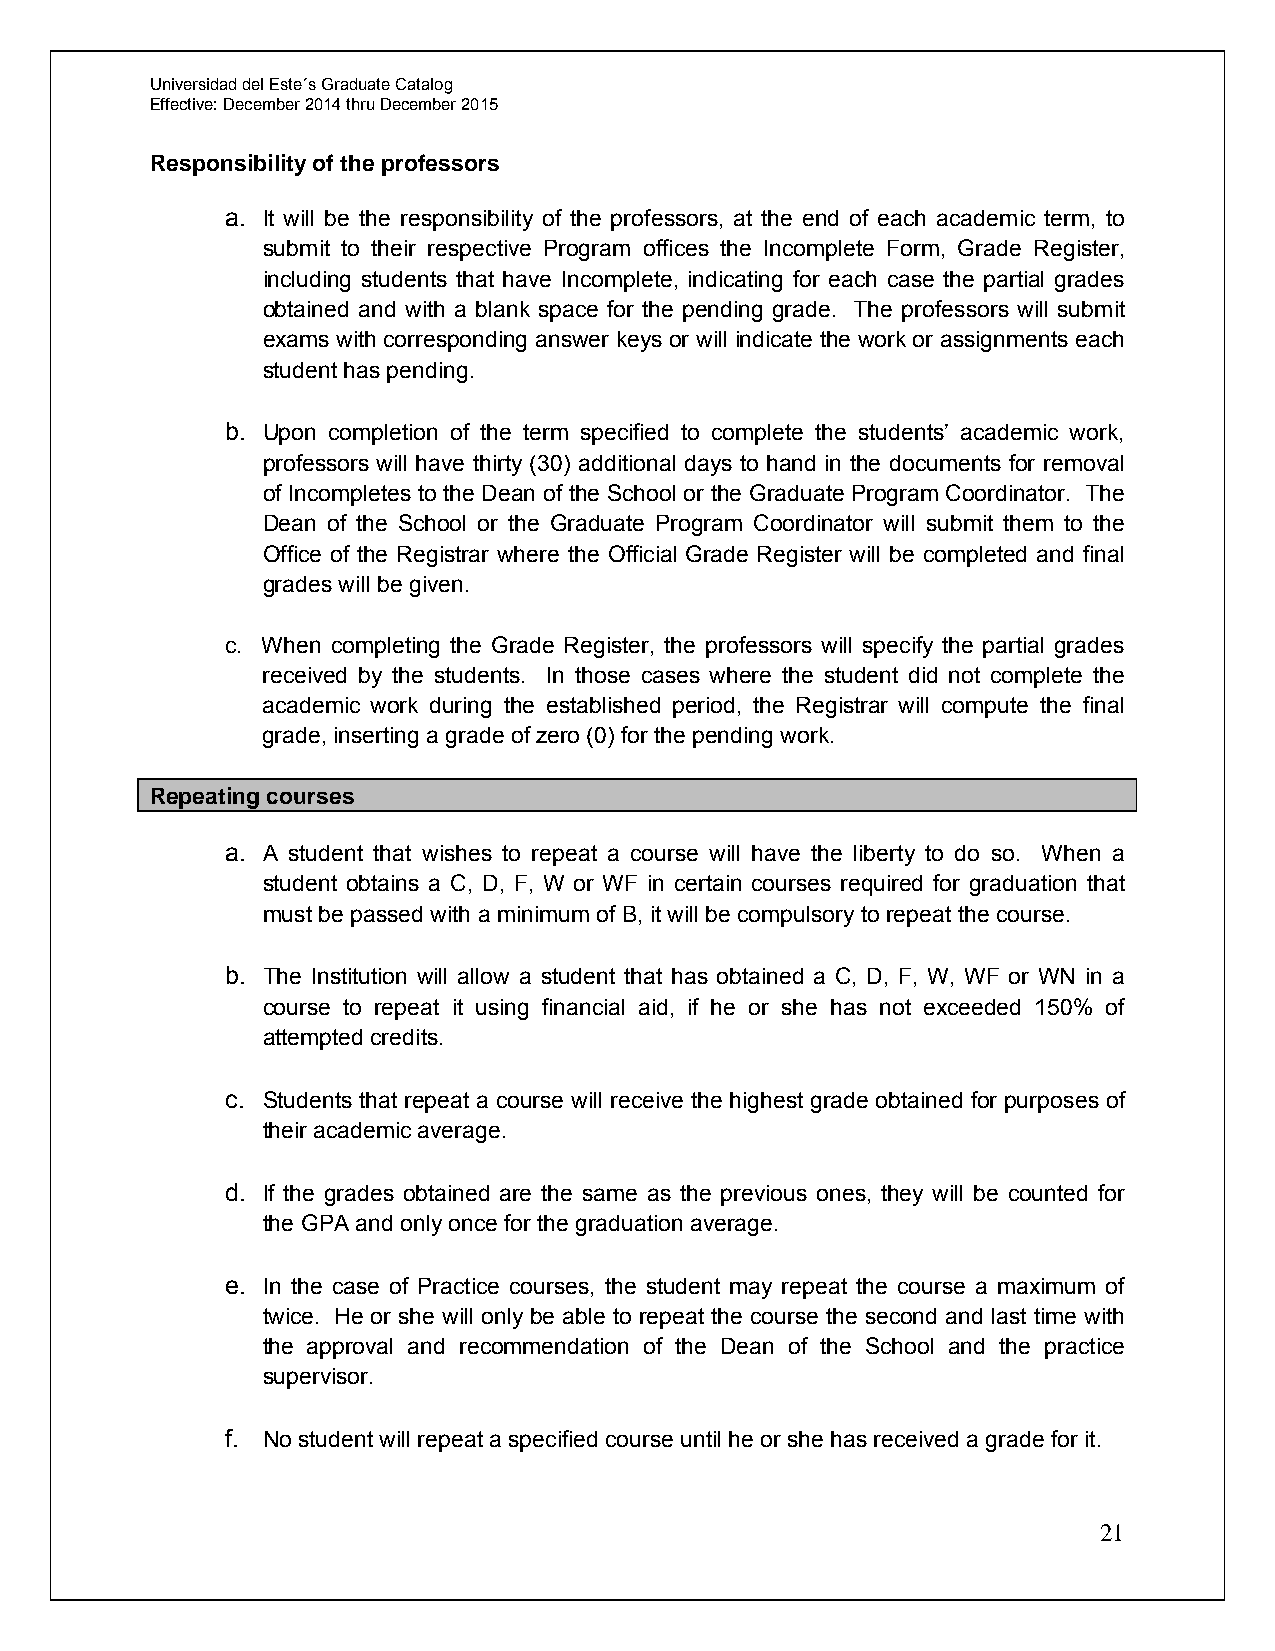
Universidad del Este´s Graduate Catalog
 Effective: December 2014 thru December 2015
 Responsibility of the professors
 a. It will be the responsibility of the professors, at the end of each academic term, to
 submit to their respective Program offices the Incomplete Form, Grade Register,
 including students that have Incomplete, indicating for each case the partial grades
 obtained and with a blank space for the pending grade. The professors will submit
 exams with corresponding answer keys or will indicate the work or assignments each
 student has pending.
 b. Upon completion of the term specified to complete the students’ academic work,
 professors will have thirty (30) additional days to hand in the documents for removal
 of Incompletes to the Dean of the School or the Graduate Program Coordinator. The
 Dean of the School or the Graduate Program Coordinator will submit them to the
 Office of the Registrar where the Official Grade Register will be completed and final
 grades will be given.
 c. When completing the Grade Register, the professors will specify the partial grades
 received by the students. In those cases where the student did not complete the
 academic work during the established period, the Registrar will compute the final
 grade, inserting a grade of zero (0) for the pending work.
 Repeating courses
 a. A student that wishes to repeat a course will have the liberty to do so. When a
 student obtains a C, D, F, W or WF in certain courses required for graduation that
 must be passed with a minimum of B, it will be compulsory to repeat the course.
 b. The Institution will allow a student that has obtained a C, D, F, W, WF or WN in a
 course to repeat it using financial aid, if he or she has not exceeded 150% of
 attempted credits.
 c. Students that repeat a course will receive the highest grade obtained for purposes of
 their academic average.
 d. If the grades obtained are the same as the previous ones, they will be counted for
 the GPA and only once for the graduation average.
 e. In the case of Practice courses, the student may repeat the course a maximum of
 twice. He or she will only be able to repeat the course the second and last time with
 the approval and recommendation of the Dean of the School and the practice
 supervisor.
 f. No student will repeat a specified course until he or she has received a grade for it.
 21